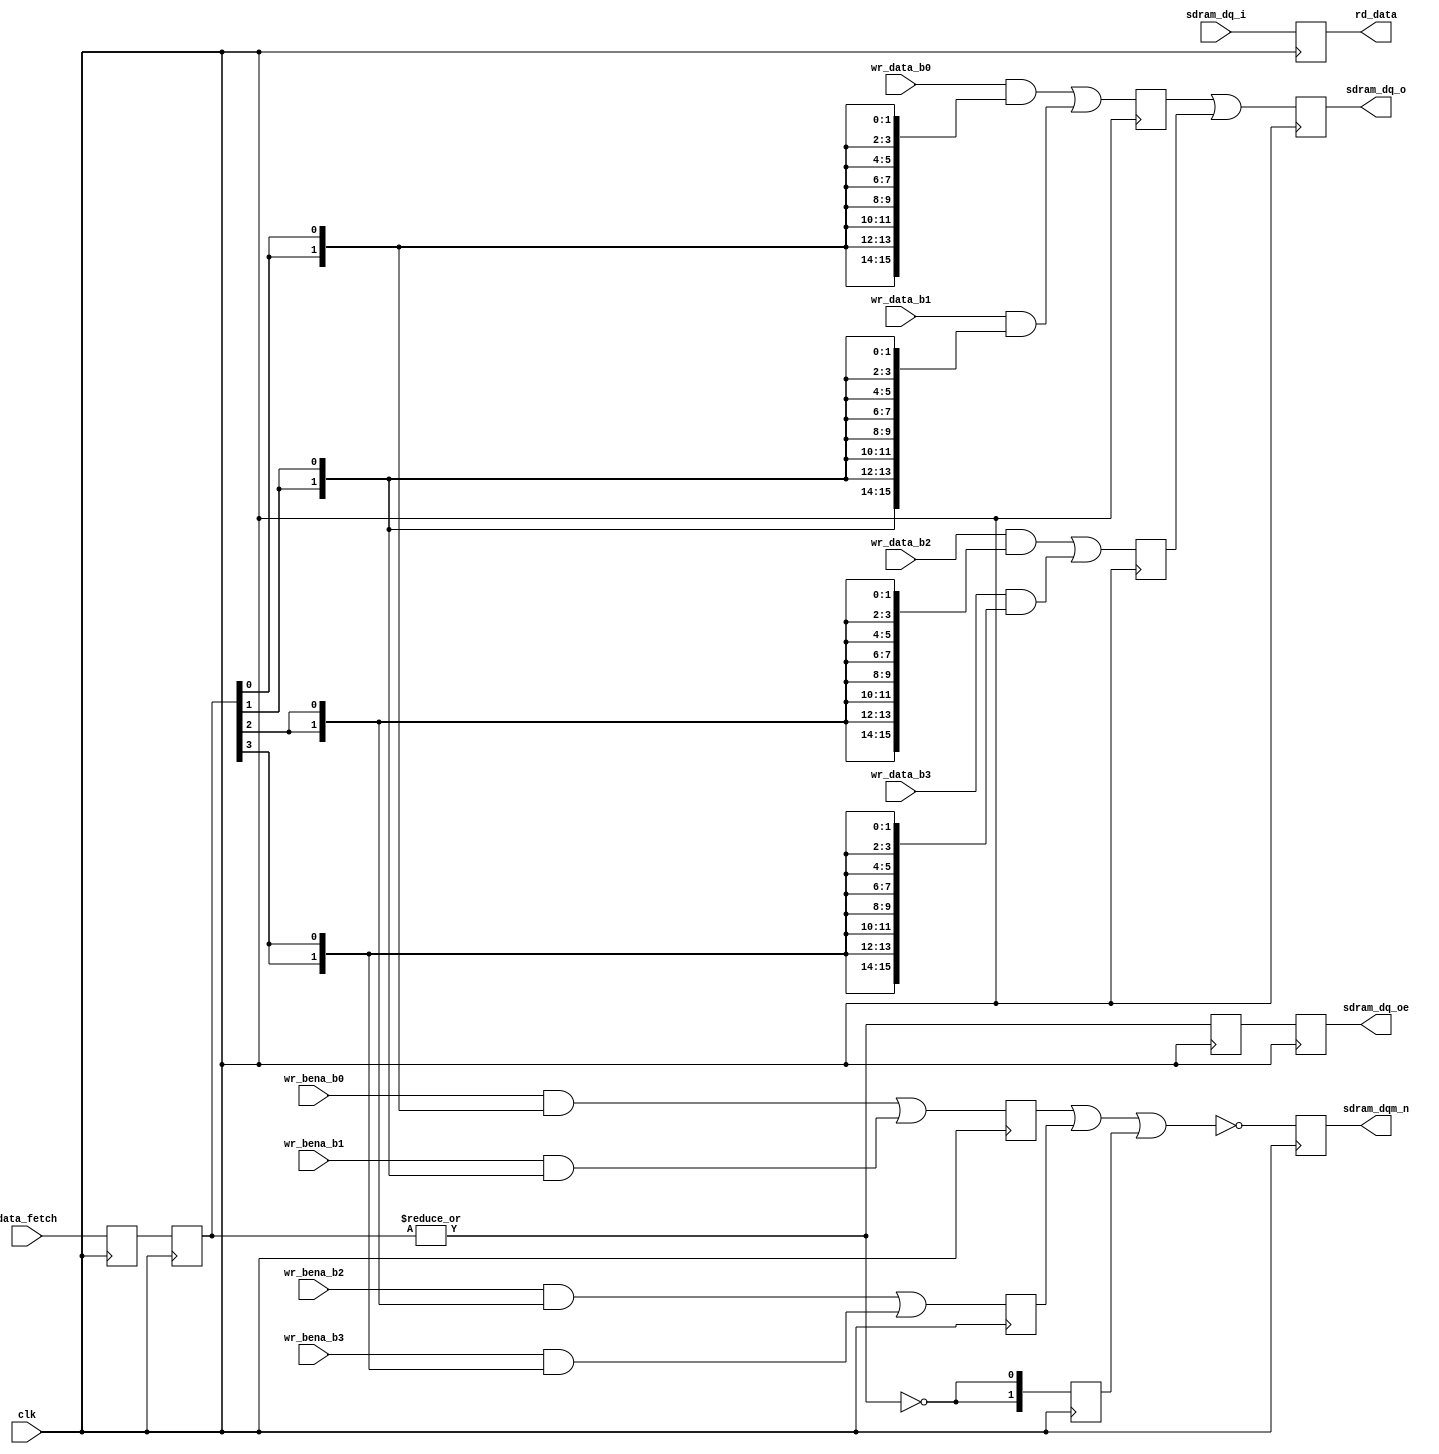
`timescale 1 ns / 1 ps

`ifdef _SDRAM_DATA_16B_
/* Already included !! */
`else
`define _SDRAM_DATA_16B_
module sdram_data_16b
(
    //-----------------------------
    // Clock and reset
    //-----------------------------
    input             clk,         // Master clock (72 MHz)

    //-----------------------------
    // Internal bus
    //-----------------------------
    output     [15:0] rd_data,     // Read data from banks #0-3
    
    input       [3:0] data_fetch,  // Write data fetch (p0)
    // Bank #0
    input       [1:0] wr_bena_b0,  // Write byte enable (p2)
    input      [15:0] wr_data_b0,  // Write data (p2)
    // Bank #1
    input       [1:0] wr_bena_b1,  // Write byte enable (p2)
    input      [15:0] wr_data_b1,  // Write data (p2)
    // Bank #2
    input       [1:0] wr_bena_b2,  // Write byte enable (p2)
    input      [15:0] wr_data_b2,  // Write data (p2)
    // Bank #3
    input       [1:0] wr_bena_b3,  // Write byte enable (p2)
    input      [15:0] wr_data_b3,  // Write data (p2)
    
    //-----------------------------
    // External bus
    //-----------------------------
    output reg  [1:0] sdram_dqm_n, // SDRAM DQ masks
    output reg        sdram_dq_oe, // SDRAM data output enable
    output reg [15:0] sdram_dq_o,  // SDRAM data output
    input      [15:0] sdram_dq_i   // SDRAM data input
);
    // Clock-to-output delay (for simulation)
    parameter Tco_dly = 4.5;

    //=========================================================================
    
    reg [15:0] r_rd_data;
    
    always@(posedge clk) begin : READ_DATA_PATH
    
        r_rd_data <= sdram_dq_i;
    end
    
    assign rd_data = r_rd_data;

    //=========================================================================
    
    reg  [3:0] r_data_fe_p1;
    reg  [3:0] r_data_fe_p2;
    
    reg        r_data_oe_p3;
    reg        r_data_oe_p4;
    
    reg  [1:0] r_wr_bena_p3 [0:2];
    reg  [1:0] r_wr_bena_p4;
    
    reg [15:0] r_wr_data_p3 [0:1];
    reg [15:0] r_wr_data_p4;
    
    always@(posedge clk) begin : WRITE_DATA_PATH
    
        r_data_fe_p1 <= data_fetch;
        r_data_fe_p2 <= r_data_fe_p1;
        
        r_data_oe_p3 <= |r_data_fe_p2;
        r_data_oe_p4 <= r_data_oe_p3;
        
        r_wr_bena_p3[0] <= wr_bena_b0 & {2{r_data_fe_p2[0]}}
                         | wr_bena_b1 & {2{r_data_fe_p2[1]}};
        r_wr_bena_p3[1] <= wr_bena_b2 & {2{r_data_fe_p2[2]}}
                         | wr_bena_b3 & {2{r_data_fe_p2[3]}};
        r_wr_bena_p3[2] <= {2{~|r_data_fe_p2}};
        r_wr_bena_p4    <= ~( r_wr_bena_p3[0]
                            | r_wr_bena_p3[1]
                            | r_wr_bena_p3[2] );
                         
        r_wr_data_p3[0] <= wr_data_b0 & {16{r_data_fe_p2[0]}}
                         | wr_data_b1 & {16{r_data_fe_p2[1]}};
        r_wr_data_p3[1] <= wr_data_b2 & {16{r_data_fe_p2[2]}}
                         | wr_data_b3 & {16{r_data_fe_p2[3]}};
        r_wr_data_p4    <= r_wr_data_p3[0]
                         | r_wr_data_p3[1];
    end
    
    // Output mask, data & enable
    /* verilator lint_off STMTDLY */
    always@(*) sdram_dqm_n = #Tco_dly r_wr_bena_p4;
    always@(*) sdram_dq_o  = #Tco_dly r_wr_data_p4;
    always@(*) sdram_dq_oe = #Tco_dly r_data_oe_p4;
    /* verilator lint_on STMTDLY */
    
    //=========================================================================
    
endmodule
`endif /* _SDRAM_DATA_16B_ */